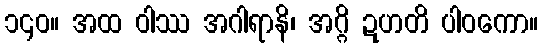
၁၄၀။ အထ ဝါဿ အဂါရာနိ၊ အဂ္ဂိ ဍဟတိ ပါဝကော။